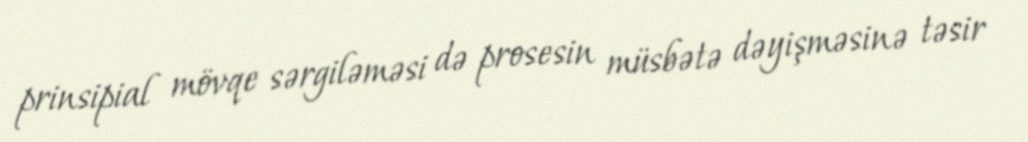
prinsipial mövqe sərgiləməsi də prosesin müsbətə dəyişməsinə təsir